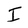
Character: I